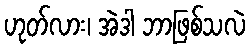
ဟုတ်လား၊ အဲဒါ ဘာဖြစ်သလဲ